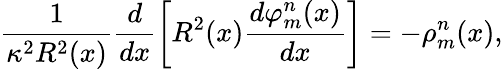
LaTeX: \frac{1}{\kappa^{2}R^{2}(x)}\frac{d}{dx}\left[R^{2}(x)\frac{d\varphi_{m}^{n}(x)}{dx}\right]=-\rho_{m}^{n}(x),